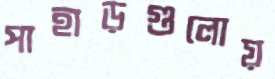
পাহাড়গুলোয়